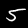
Label: 5